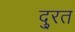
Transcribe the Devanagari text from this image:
दु्रत